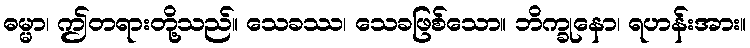
ဓမ္မာ၊ ဤတရားတို့သည်။ သေခဿ၊ သေခဖြစ်သော။ ဘိက္ခုနော၊ ရဟန်းအား။